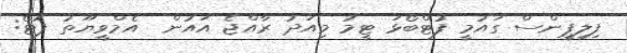
ފިލިޕީންސް ގައުމީ ފުޓްބޯޅަ ޓީމު މިއަދު ރާއްޖެ އައުން  އެމްވީޔޫތު ފޮޓޯ: